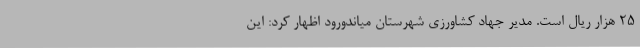
25 هزار ریال است. مدیر جهاد کشاورزی شهرستان میاندورود اظهار کرد: این